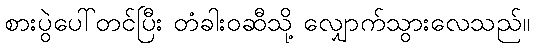
စားပွဲပေါ်တင်ပြီး တံခါးဝဆီသို့ လျှောက်သွားလေသည်။